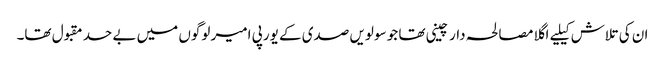
ان کی تلاش کیلیے اگلا مصالحہ دار چینی تھا جو سولویں صدی کے یورپی امیر لوگوں میں بے حد مقبول تھا۔